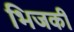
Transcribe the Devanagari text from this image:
भिजकी